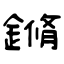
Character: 鏅